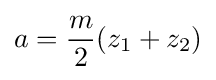
a={\frac {m}{2}}(z_{1}+z_{2})